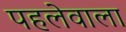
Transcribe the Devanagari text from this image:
पहलेवाला